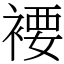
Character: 䙅